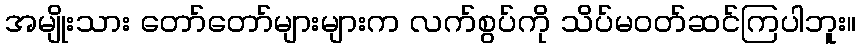
အမျိုးသား တော်တော်များများက လက်စွပ်ကို သိပ်မဝတ်ဆင်ကြပါဘူး။